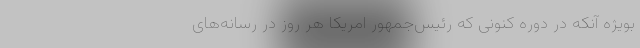
بویژه آنکه در دوره کنونی که رئیس‌جمهور امریکا هر روز در رسانه‌های